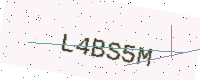
Text: L4BS5M